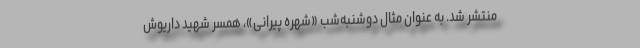
منتشر شد. به عنوان مثال دوشنبه‌شب «شهره پیرانی»، همسر شهید داریوش